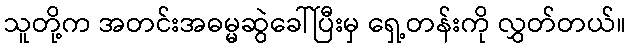
သူတို့က အတင်းအဓမ္မဆွဲခေါ်ပြီးမှ ရှေ့တန်းကို လွှတ်တယ်။